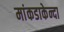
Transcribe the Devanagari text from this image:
मांकडाकेन्दा